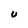
Character: U